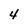
Character: 4